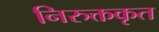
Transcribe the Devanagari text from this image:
निरुक्तकृत